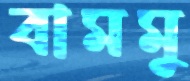
বামমু